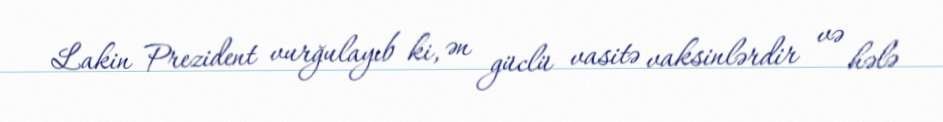
Lakin Prezident vurğulayıb ki, ən güclü vasitə vaksinlərdir və hələ